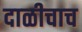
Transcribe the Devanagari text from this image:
दाळीचाच